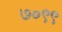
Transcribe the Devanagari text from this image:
७०९९